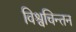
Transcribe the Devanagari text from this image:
विश्वचिन्तन